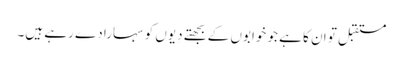
مستقبل تو ان کا ہے جو خوابوں کے بجھتے دِیوں کو سہارا دے رہے ہیں۔